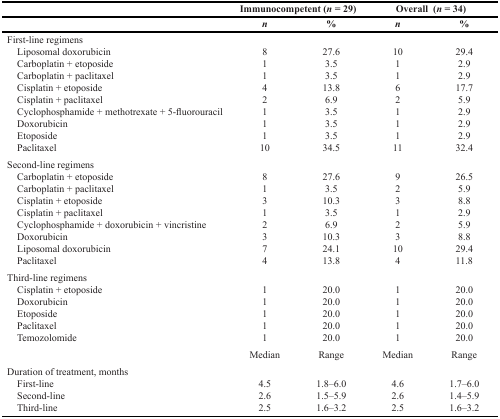
<table><thead><tr><td></td><td colspan="2"><b>Immunocompetent (<i>n</i> = 29)</b></td><td colspan="2"><b>Overall (<i>n</i> = 34)</b></td></tr><tr><td></td><td><b><i>n</i></b></td><td><b>%</b></td><td><b><i>n</i></b></td><td><b>%</b></td></tr></thead><tbody><tr><td>First-line regimens Liposomal doxorubicin Carboplatin + etoposide Carboplatin + paclitaxel Cisplatin + etoposide Cisplatin + paclitaxel Cyclophosphamide + methotrexate + 5-fluorouracil Doxorubicin Etoposide Paclitaxel</td><td>8114211110</td><td>27.63.53.513.86.93.53.53.534.5</td><td>10116211111</td><td>29.42.92.917.75.92.92.92.932.4</td></tr><tr><td>Second-line regimens Carboplatin + etoposide Carboplatin + paclitaxel Cisplatin + etoposide Cisplatin + paclitaxel Cyclophosphamide + doxorubicin + vincristine Doxorubicin Liposomal doxorubicin Paclitaxel</td><td>81312374</td><td>27.63.510.33.56.910.324.113.8</td><td>923123104</td><td>26.55.98.82.95.98.829.411.8</td></tr><tr><td>Third-line regimens Cisplatin + etoposide Doxorubicin Etoposide Paclitaxel Temozolomide</td><td>11111</td><td>20.020.020.020.020.0</td><td>11111</td><td>20.020.020.020.020.0</td></tr><tr><td></td><td>Median</td><td>Range</td><td>Median</td><td>Range</td></tr><tr><td>Duration of treatment, months First-line Second-line Third-line</td><td>4.52.62.5</td><td>1.8–6.01.5–5.91.6–3.2</td><td>4.62.62.5</td><td>1.7–6.01.4–5.91.6–3.2</td></tr></tbody></table>